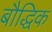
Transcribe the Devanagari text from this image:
बौद्धिक